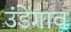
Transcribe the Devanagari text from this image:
उंडेगाव